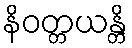
နိဝတ္တယန္တိ